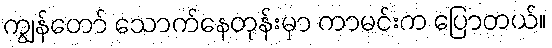
ကျွန်တော် သောက်နေတုန်းမှာ ကာမင်းက ပြောတယ်။